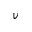
\boldsymbol { v }